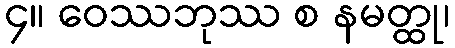
၄။ ဝေဿဘုဿ စ နမတ္ထု၊